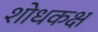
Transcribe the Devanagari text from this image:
शोधकक्ष